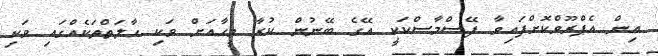
އިން އެޕްރޫވްކޮށްފައިވާ ފޭސްމާސްކަކީ އޭގެ ބޭނުން ކުރާ މީހާއަށް ވަކި ހާލަތްތަކެއްގައި ވަކި